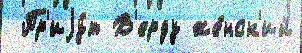
 Пр'иjу́т В'ерду же́нск'ий